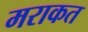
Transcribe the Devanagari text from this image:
मराकत